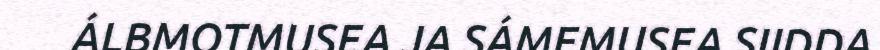
ÁLBMOTMUSEA JA SÁMEMUSEA SIIDDA